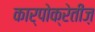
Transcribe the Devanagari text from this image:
कार्पोक्रेतीज़